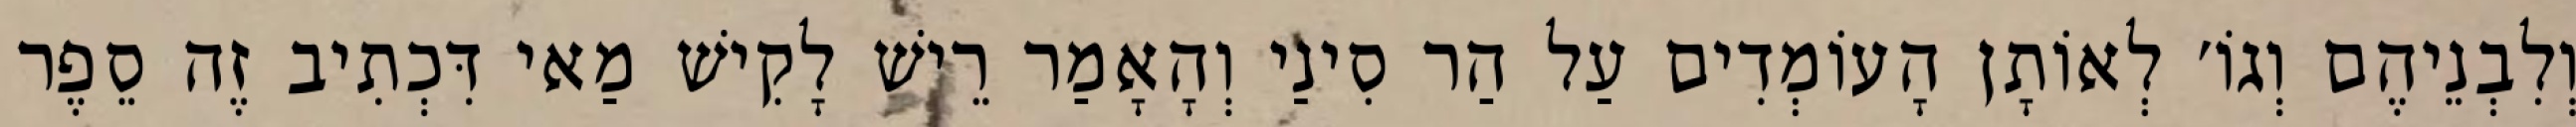
וְלִבְנֵיהֶם וְגוֹ׳ לְאוֹתָן הָעוֹמְדִים עַל הַר סִינַי וְהָאָמַר רֵישׁ לָקִישׁ מַאי דִּכְתִיב זֶה סֵפֶר